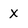
Character: x